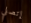
إتصلي